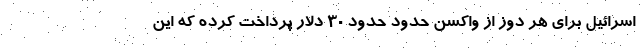
اسرائیل برای هر دوز از واکسن حدود حدود 30 دلار پرداخت کرده که این